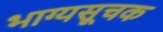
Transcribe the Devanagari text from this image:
भाग्यसूचक